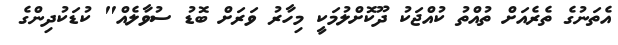
އެތަނުގެ ތެރެއަށް ތުއްތު ކުއްޖަކު ދޫކޮށްލުމަކީ މިހާރު ވަރަށް ބޮޑު ސުވާލެއް" ކުޑަކުދިންގެ